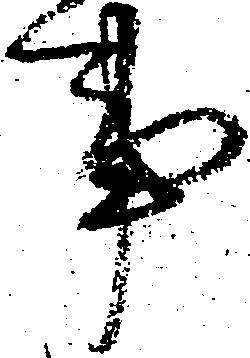
事